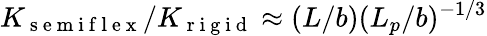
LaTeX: K_{\mathrm{~s~e~m~i~f~l~e~x~}}/K_{\mathrm{~r~i~g~i~d~}}\approx(L/b)(L_{p}/b)^{-1/3}